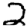
Digit: 2